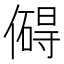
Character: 𫣣